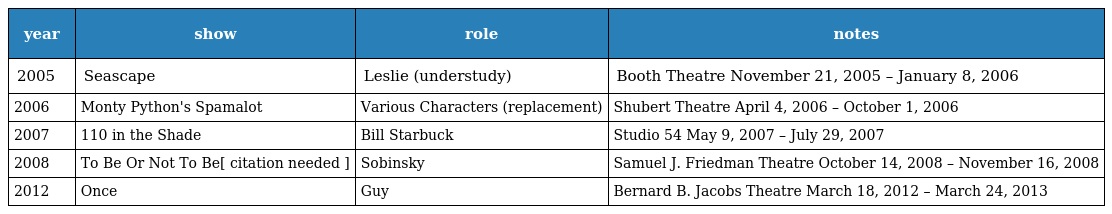
| year | show | role | notes |
 | --- | --- | --- | --- |
 | 2005 | Seascape | Leslie (understudy) | Booth Theatre November 21, 2005 – January 8, 2006 |
 | 2006 | Monty Python's Spamalot | Various Characters (replacement) | Shubert Theatre April 4, 2006 – October 1, 2006 |
 | 2007 | 110 in the Shade | Bill Starbuck | Studio 54 May 9, 2007 – July 29, 2007 |
 | 2008 | To Be Or Not To Be[ citation needed ] | Sobinsky | Samuel J. Friedman Theatre October 14, 2008 – November 16, 2008 |
 | 2012 | Once | Guy | Bernard B. Jacobs Theatre March 18, 2012 – March 24, 2013 |